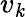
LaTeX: v_{\mathit{k}}